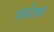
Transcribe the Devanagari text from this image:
यत्प्रीत्या